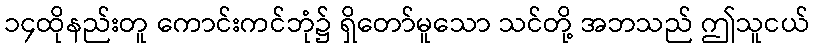
၁၄ထိုနည်းတူ ကောင်းကင်ဘုံ၌ ရှိတော်မူသော သင်တို့ အဘသည် ဤသူငယ်